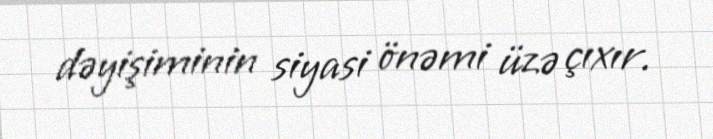
dəyişiminin siyasi önəmi üzə çıxır.